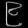
Digit: ၉